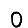
Digit: 0